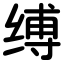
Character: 缚